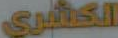
الكابري